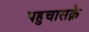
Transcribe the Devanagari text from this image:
पहुचासक्ने